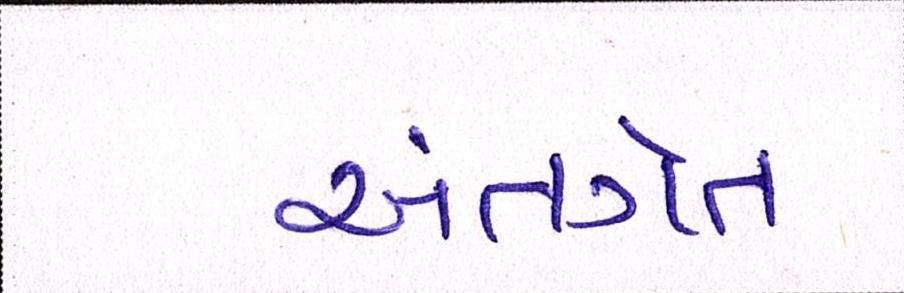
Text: અંતગૅત